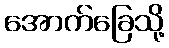
အောက်ခြေသို့